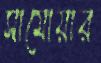
সামোয়ার